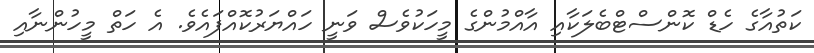
ކަތުއާގެ ހެޑް ކޮންސްޓްބެލަކާއި އާއްމުންގެ މީހަކުވެސް ވަނީ ހައްޔަރުކޮއްފައެވެ. އެ ހަތް މީހުންނާއި